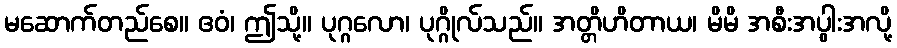
မဆောက်တည်စေ။ ဧဝံ၊ ဤသို့။ ပုဂ္ဂလော၊ ပုဂ္ဂိုလ်သည်။ အတ္တိဟိတာယ၊ မိမိ အစီးအပွါးအလို့